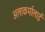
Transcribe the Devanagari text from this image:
अलाकर्मालाई